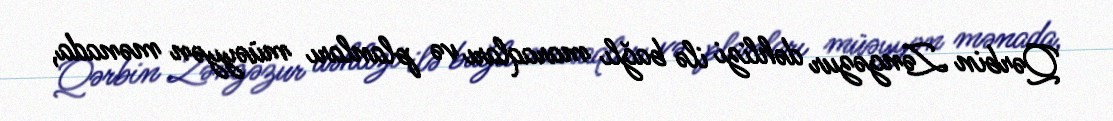
Qərbin Zəngəzur dəhlizi ilə bağlı maraqları və planları müəyyən mənada,